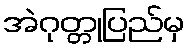
အဲဂုတ္တုပြည်မှ